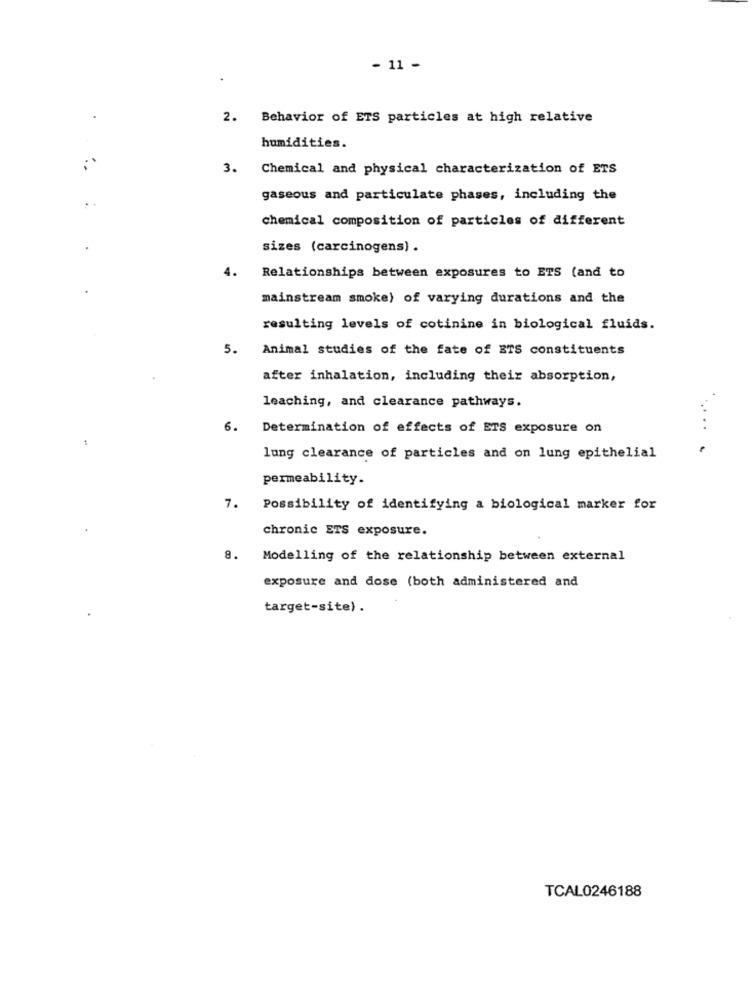
- 11 -
.
2.
Behavior of ETS particles at high relative
humidities.
3. Chemical and physical characterization of ETS
gaseous and particulate phases, including the
chemical composition of particles of different
sizes (carcinogens) .
4.
Relationships between exposures to ETS (and to
mainstream smoke) of varying durations and the
resulting levels of cotinine in biological fluids.
5.
Animal studies of the fate of ETS constituents
after inhalation, including their absorption,
leaching, and clearance pathways.
6.
Determination of effects of ETS exposure on
. .
1
lung clearance of particles and on lung epithelial
permeability.
7.
Possibility of identifying a biological marker for
chronic ETS exposure.
8.
Modelling of the relationship between external
exposure and dose (both administered and
target-site).
TCAL0246188